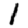
Digit: 1